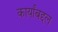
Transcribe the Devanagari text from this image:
कार्यांबद्दल